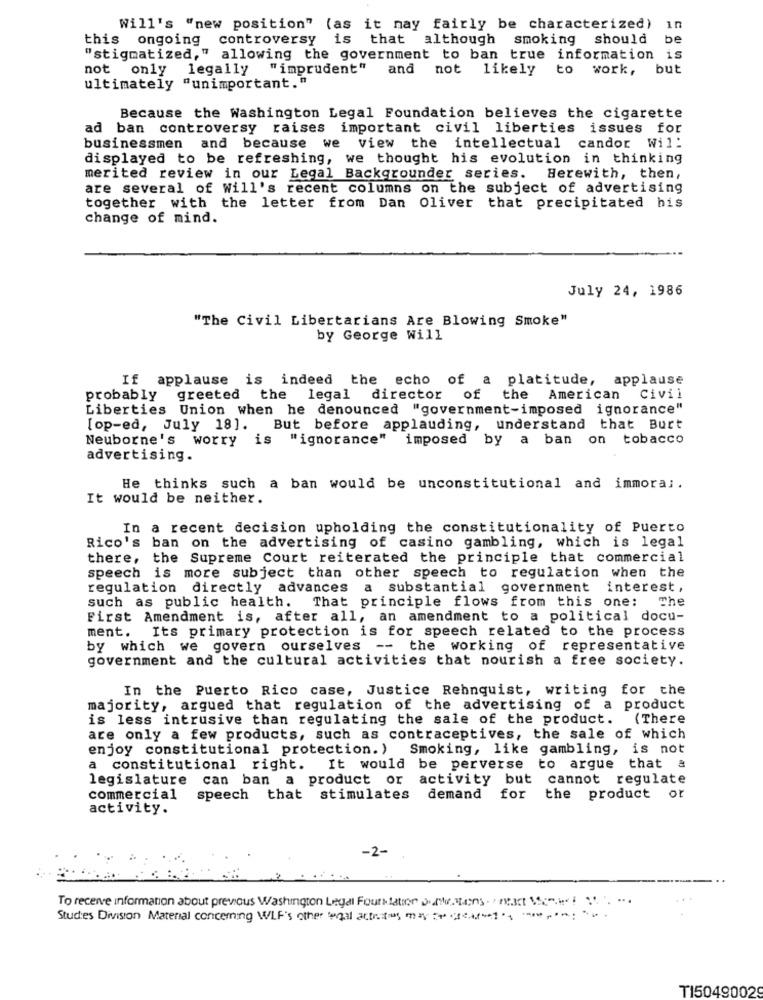
Will's "new position" (as it may fairly be characterized) in
this ongoing controversy is that although smoking should
be
"stigmatized," allowing the government to ban true information is
not
only
legally
" imprudent"
and
not likely
to
work,
but
ultimately "unimportant."
Because the Washington Legal Foundation believes the cigarette
ad ban controversy raises important civil liberties issues for
businessmen and because we view the intellectual candor Wil:
displayed to be refreshing, we thought his evolution in thinking
merited review in our Legal Backgrounder series. Herewith, then,
are several of Will's recent columns on the subject of advertising
together with the letter from Dan Oliver that precipitated his
change of mind.
July 24, 1986
"The Civil Libertarians Are Blowing Smoke"
by George Will
If applause is indeed the echo of a platitude, applause
probably
greeted the legal director of
the American
Civil
Liberties Union when he denounced "government-imposed ignorance"
[op-ed, July 18]. But before applauding, understand that Burt
Neuborne's worry is "ignorance" imposed by a ban on tobacco
advertising.
He thinks such a ban would be unconstitutional and immora ;.
It would be neither.
In a recent decision upholding the constitutionality of Puerto
Rico's ban on the advertising of casino gambling, which is legal
there, the Supreme Court reiterated the principle that commercial
speech is more subject than other speech to regulation when the
regulation directly advances a substantial government interest,
such as public health.
That principle flows from this one: The
First Amendment is, after all, an amendment to a political docu-
ment. Its primary protection is for speech related to the process
by which we govern ourselves -- the working of representative
government and the cultural activities that nourish a free society.
In the Puerto Rico case, Justice Rehnquist, writing for the
majority, argued that regulation of the advertising of a product
is less intrusive than regulating the sale of the product. (There
are only a few products, such as contraceptives, the sale of which
enjoy constitutional protection. ) Smoking, like gambling, is not
a constitutional right.
It would be perverse to argue that &
legislature can ban a product or activity but cannot regulate
commercial
speech that stimulates demand
for the product or
activity.
-2-
To receive information about previous Washington Legal Fourklatrer Date, Mens. / mart one! .. .
Studies Division Material concerning WLF's other enal actores my boccaret
TI5049002